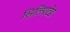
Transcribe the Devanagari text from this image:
सिलिएटेड